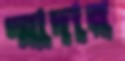
স্মাদার